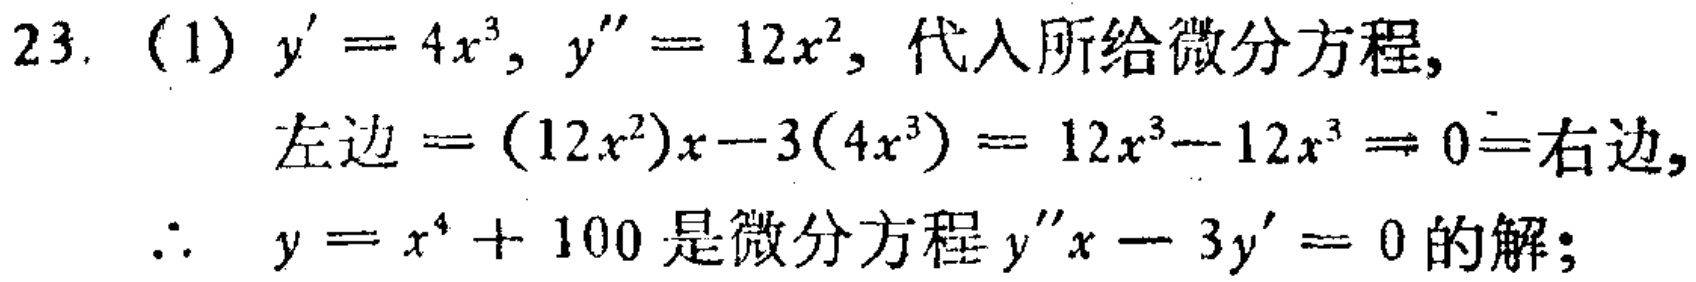
23. (1) \(y' = 4x^{3}\), \(y'' = 12x^{2}\), 代入所给微分方程,
左边 \(=(12x^{2})x - 3(4x^{3}) = 12x^{3}-12x^{3} = 0=\)右边,
\(\therefore y = x^{4}+100\)是微分方程 \(y''x - 3y' = 0\)的解;